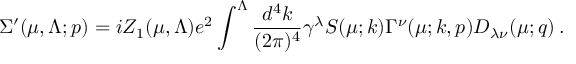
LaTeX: \Sigma ^ { \prime } ( \mu , \Lambda ; p ) = i Z _ { 1 } ( \mu , \Lambda ) e ^ { 2 } \int ^ { \Lambda } \frac { d ^ { 4 } k } { ( 2 \pi ) ^ { 4 } } \gamma ^ { \lambda } { S } ( \mu ; k ) { \Gamma } ^ { \nu } ( \mu ; k , p ) { D } _ { \lambda \nu } ( \mu ; q ) \: .